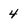
Character: 4